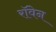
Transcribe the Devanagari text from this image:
रॉवेन